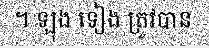
។ ឡុង ទៀង ត្រូវបាន